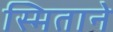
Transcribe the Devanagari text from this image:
स्मिताने